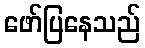
ဖော်ပြနေသည်